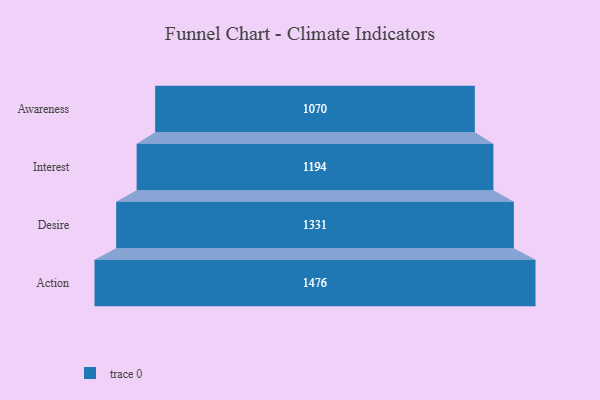
{"axis": {"x": "Stage", "y": "Value"}, "legend": [""], "data": [{"x": "Awareness", "y": 1070.0, "type": ""}, {"x": "Interest", "y": 1194.0, "type": ""}, {"x": "Desire", "y": 1331.0, "type": ""}, {"x": "Action", "y": 1476.0, "type": ""}]}